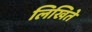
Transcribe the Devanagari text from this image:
लिखिते